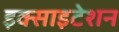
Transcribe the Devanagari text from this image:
इक्साइटेशन